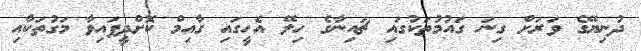
ދުނިޔޭގެ ވަރަށް ގިނަ ގައުމުތަކުގައި ޗައިނާގެ ހިލޭ އެހީގައި ގާއިމް ކޮށްދީފައިވާ މަގުތަކާއި